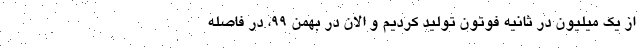
از یک میلیون در ثانیه فوتون تولید کردیم و الان در بهمن ۹۹، در فاصله